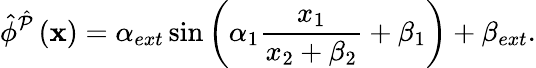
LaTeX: \hat{\phi}^{\hat{\mathcal{P}}}\left(\mathbf{x}\right)=\alpha_{ext}\sin\left(\alpha_{1}\frac{x_{1}}{x_{2}+\beta_{2}}+\beta_{1}\right)+\beta_{ext}.